Report on vaccination in Madras 1895-1903 - 1895-1903
Year: 1895
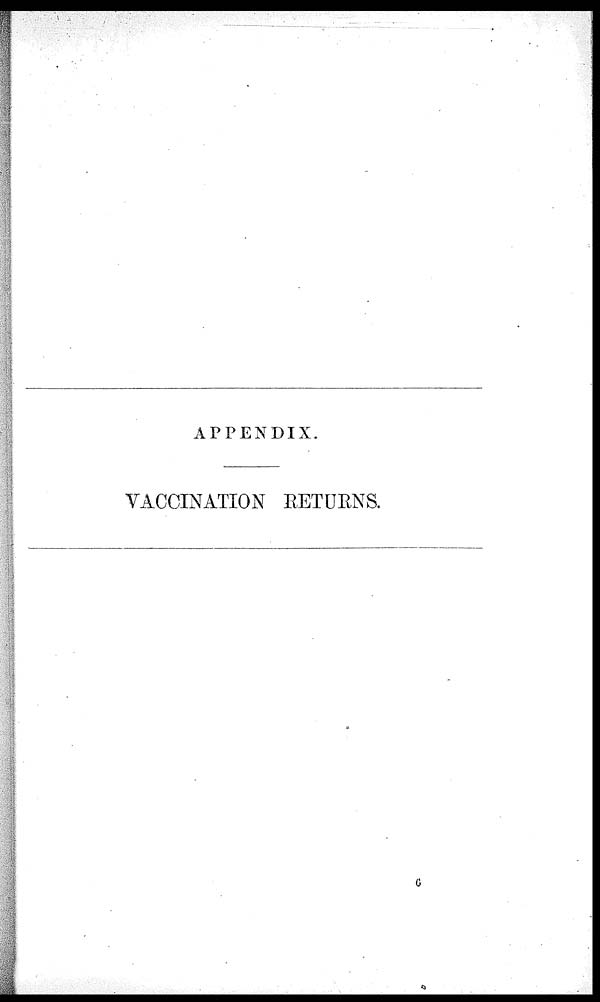
APPENDIX.
VACCINATION RETUENS.
6